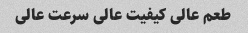
طعم عالی کیفیت عالی سرعت عالی